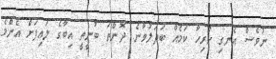
ނުވެސް އެނގި ހުރިހާ ކަމެއް ބަދަލުވާނެ. ދޮންތަ ބުނީތީ އިބާގެ ލައިފަށް އެންމެ